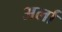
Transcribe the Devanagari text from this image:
अर्ला